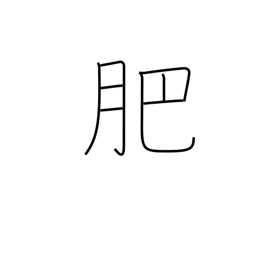
Meaning: manure